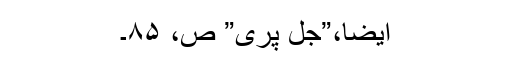
ایضاََ،”جل پری” ص، ۸۵۔